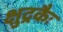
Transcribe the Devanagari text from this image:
क्षुद्रकैः